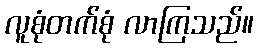
လူစုံတက်စုံ လာကြသည်။